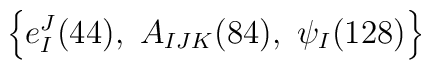
\left\{e_I^J(44),\ A_{IJK}(84),\ \psi_I (128)\right\}